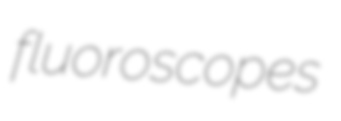
fluoroscopes